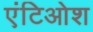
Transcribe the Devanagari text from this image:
एंटिओश